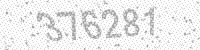
Solution: 376281